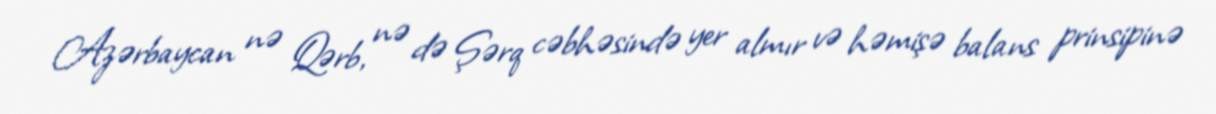
Azərbaycan nə Qərb, nə də Şərq cəbhəsində yer almır və həmişə balans prinsipinə